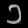
Digit: ၁